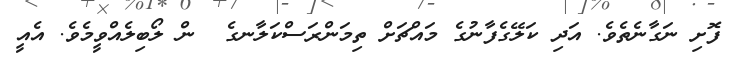
ފޮށި ނަގާނެތެވެ. އަދި ކަލޭގެފާނުގެ މައްޗަށް ތިމަންރަސްކަލާނގެ  ން ލޯބިލެއްވީމެވެ. އެއީ